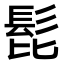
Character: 𩬈